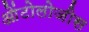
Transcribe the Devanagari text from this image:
ओंटोलोजीस